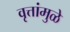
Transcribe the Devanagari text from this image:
वृत्तांमुळे